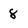
Character: 8